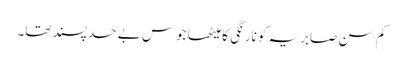
کم سن صابریہ کو نارنگی کا میٹھا جوس بے حد پسند تھا۔